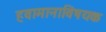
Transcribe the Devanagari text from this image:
हवामानाविषयक